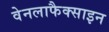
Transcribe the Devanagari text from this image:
वेनलाफैक्साइन